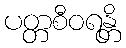
ပတ္တစီဝရန္တိ